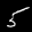
Label: 5